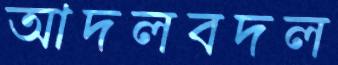
আদলবদল